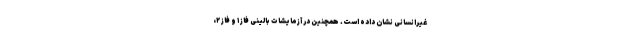
غیرانسانی نشان داده است. همچنین در آزمایشات بالینی فاز ۱ و فاز ۲،